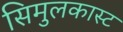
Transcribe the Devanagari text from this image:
सिमुलकास्ट